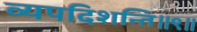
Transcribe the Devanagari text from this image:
व्यपदिशन्ति॥९॥